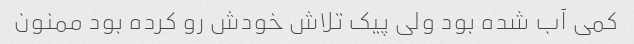
کمی آب شده بود ولی پیک تلاش خودش رو کرده بود ممنون